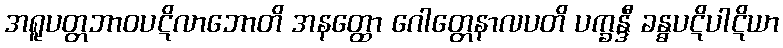
အရူပတ္တဘာဝပဋိလာဘောတိ အနတ္ထော ဂေါတ္တေနာလပတိ ပက္ခန္ဒီ ခန္ဓပဋိပါဋိယာ